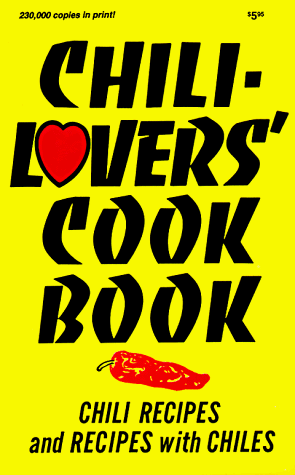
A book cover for Chili-Lover's Cook Book: Chili Recipes and Recipes With Chiles (Cookbooks and Restaurant Guides); Al and Mildred Fischer; Cookbooks, Food & Wine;